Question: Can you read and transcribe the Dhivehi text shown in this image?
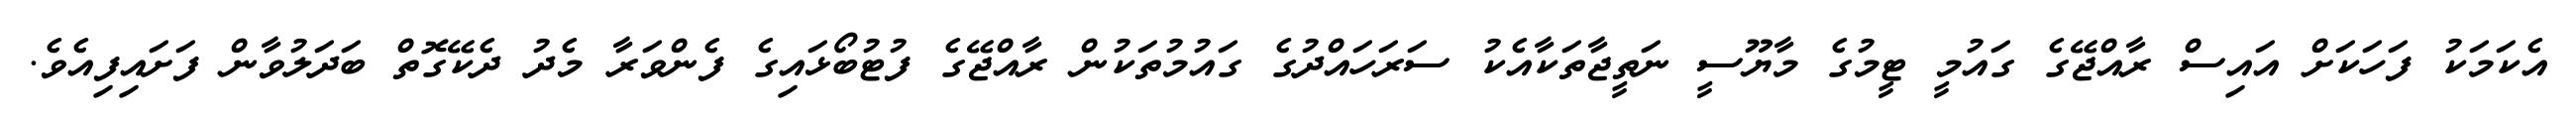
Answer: އެކަމަކު ފަހަކަށް އައިސް ރާއްޖޭގެ ގައުމީ ޓީމުގެ މާޔޫސީ ނަތީޖާތަކާއެކު ސަރަހައްދުގެ ގައުމުތަކުން ރާއްޖޭގެ ފުޓުބޯޅައިގެ ފެންވަރާ މެދު ދެކޭގޮތް ބަދަލުވާން ފަށައިފިއެވެ.